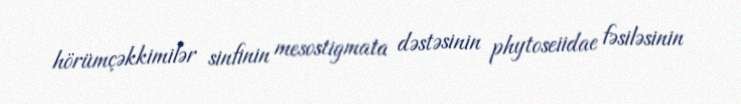
hörümçəkkimilər sinfinin mesostigmata dəstəsinin phytoseiidae fəsiləsinin